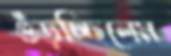
গুঁড়চ্ছিলেম